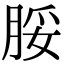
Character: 脮